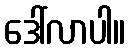
ဒေါ်လာပါ။